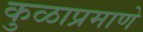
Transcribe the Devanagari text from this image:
कुळाप्रमाणे